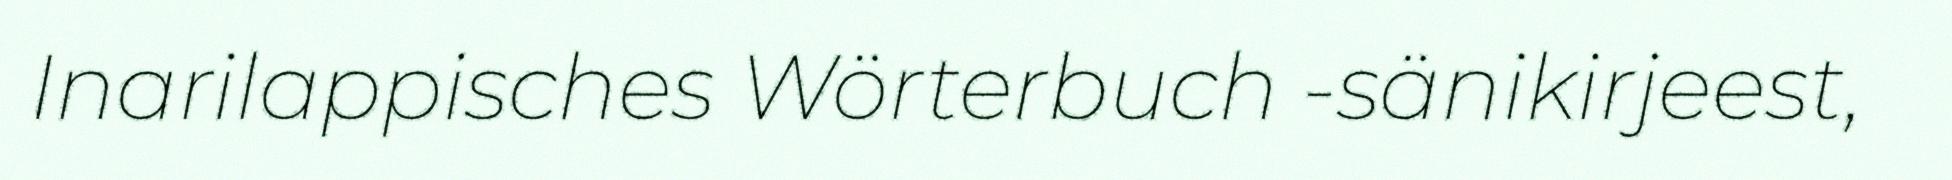
Inarilappisches Wörterbuch -sänikirjeest,